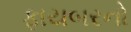
ફાયબરનો